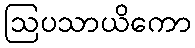
ဩပသာယိကော